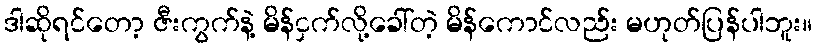
ဒါဆိုရင်တော့ ဇီးကွက်နဲ့ မိန်ငှက်လို့ခေါ်တဲ့ မိန်ကောင်လည်း မဟုတ်ပြန်ပါဘူး။